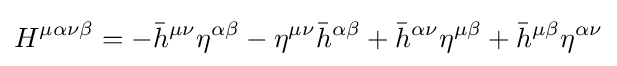
H^{\mu \alpha \nu \beta }=-{\bar {h}}^{\mu \nu }\eta ^{\alpha \beta }-\eta ^{\mu \nu }{\bar {h}}^{\alpha \beta }+{\bar {h}}^{\alpha \nu }\eta ^{\mu \beta }+{\bar {h}}^{\mu \beta }\eta ^{\alpha \nu }